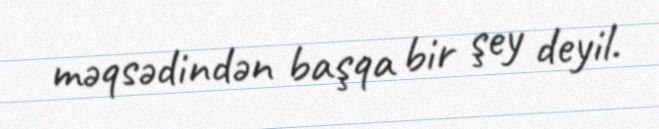
məqsədindən başqa bir şey deyil.